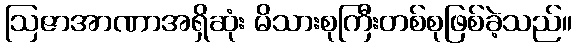
ဩဇာအာဏာအရှိဆုံး မိသားစုကြီးတစ်စုဖြစ်ခဲ့သည်။